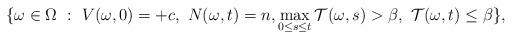
LaTeX: \begin{align*}\lbrace \omega\in \Omega\ :\ V(\omega, 0) = +c,\ N(\omega, t) = n,\max_{0\le s\le t} \mathcal{T}(\omega, s) >\beta,\ \mathcal{T}(\omega, t)\le \beta \rbrace,\end{align*}